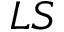
L S